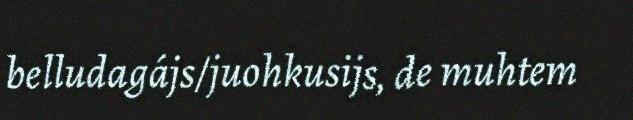
belludagájs/juohkusijs, de muhtem